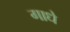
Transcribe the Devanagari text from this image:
गाधे